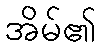
အိမ်၏